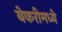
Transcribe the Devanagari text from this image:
बेकरीमध्ये